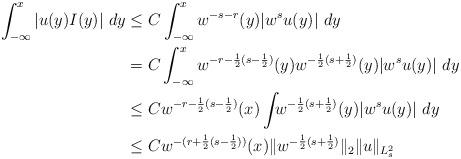
LaTeX: \begin{align*}\int_{-\infty}^x |u(y)I(y)|~dy &\le C\int_{-\infty}^x w^{-s-r}(y)|w^su(y)|~dy\\&= C\int_{-\infty}^x w^{-r-\frac12(s-\frac12)}(y)w^{-\frac12(s+\frac12)}(y)|w^su(y)|~dy\\&\le Cw^{-r-\frac12(s-\frac12)}(x) \int_{\real}w^{-\frac12(s+\frac12)}(y)|w^su(y)|~dy\\&\le Cw^{-(r+\frac12(s-\frac12))}(x) \|w^{-\frac12(s+\frac12)}\|_2\|u\|_{L^2_s}\end{align*}